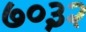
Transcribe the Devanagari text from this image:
७०३२